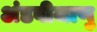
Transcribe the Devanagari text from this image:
अंडबीजाणु